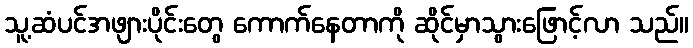
သူ့ဆံပင်အဖျားပိုင်းတွေ ကောက်နေတာကို ဆိုင်မှာသွားဖြောင့်လာ သည်။